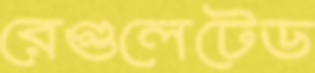
রেগুলেটেড